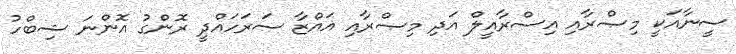
ސީނާއަކީ މިޞްރާއި އިސްރާއީލް އަދި މިޞްރާއި ޣައްޒާ ސަރަހައްދީ ރޮންގު އޮންނަ ޝިބްހު